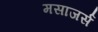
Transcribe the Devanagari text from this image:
मसाजर्स